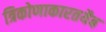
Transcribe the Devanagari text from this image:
त्रिकोणाकारतयैब